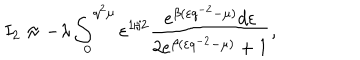
I _ { 2 } \approx - \lambda \int _ { 0 } ^ { q ^ { 2 } \mu } \varepsilon ^ { 1 / 2 } \frac { e ^ { \beta ( \varepsilon q ^ { - 2 } - \mu ) } d \varepsilon } { 2 e ^ { \beta ( \varepsilon q ^ { - 2 } - \mu ) } + 1 } ,